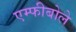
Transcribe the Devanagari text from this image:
एम्फीबोले